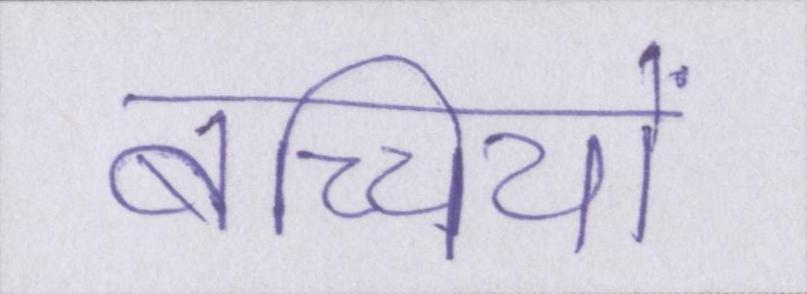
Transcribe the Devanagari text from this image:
बच्चियों